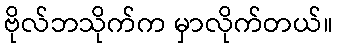
ဗိုလ်ဘသိုက်က မှာလိုက်တယ်။